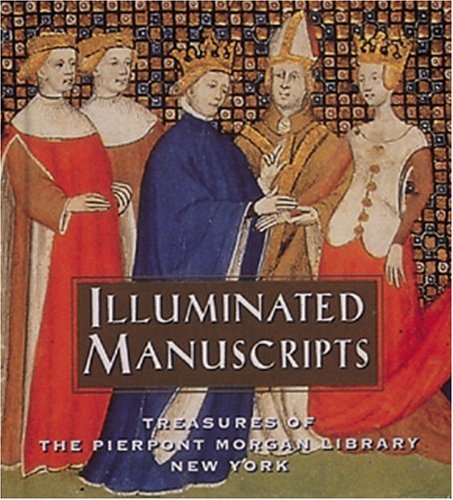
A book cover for Illuminated Manuscripts: Treasures of the Pierpont Morgan Library New York (Tiny Folio); William M. Voelkle; Crafts, Hobbies & Home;